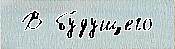
 В бу́дущего